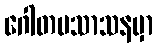
ဂေါတမသာသနမှာ